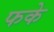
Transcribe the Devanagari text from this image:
फके